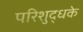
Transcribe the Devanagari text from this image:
परिशुद्धके